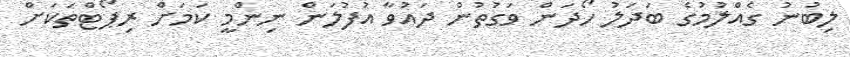
ލިބުނު ގެއްލުމުގެ ބަދަލު ހޯދަން ވަގުތުން ދައުވާ އުފުލަން ނިންމީ ކަމަށް ރިޕޯޓްތަކަށް